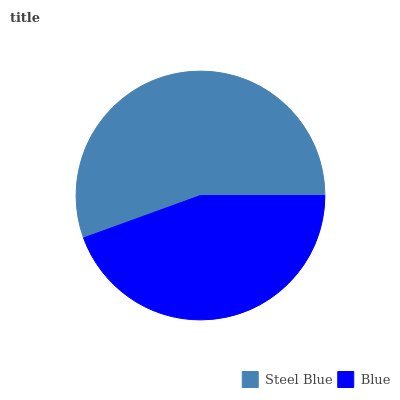
| Steel Blue | Blue |
 | --- | --- |
 | 55.6% | 44.4% |